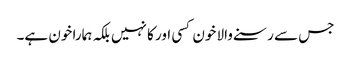
جس سے رسنے والا خون کسی اور کا نہیں بلکہ ہمارا خون ہے۔